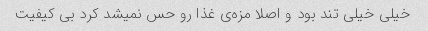
خیلی خیلی تند بود و اصلا مزه‌ی غذا رو حس نمیشد کرد بی کیفیت